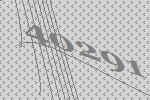
40291